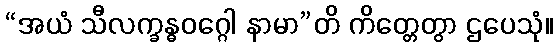
“အယံ သီလက္ခန္ဓဝဂ္ဂေါ နာမာ”တိ ကိတ္တေတွာ ဌပေသုံ။